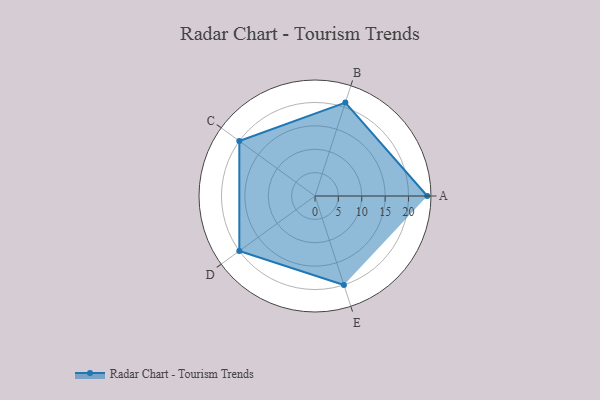
{"axis": {"x": "Skill", "y": "Score"}, "legend": ["Profile"], "data": [{"x": "A", "y": 24.0, "type": "Profile"}, {"x": "B", "y": 21.0, "type": "Profile"}, {"x": "C", "y": 20, "type": "Profile"}, {"x": "D", "y": 20, "type": "Profile"}, {"x": "E", "y": 20, "type": "Profile"}]}